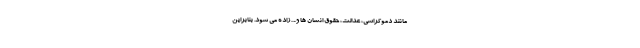
مانند دموکراسی، عدالت، حقوق انسان ها و .. . زاده می شود. بنابراین